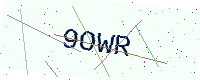
Text: 9OWR